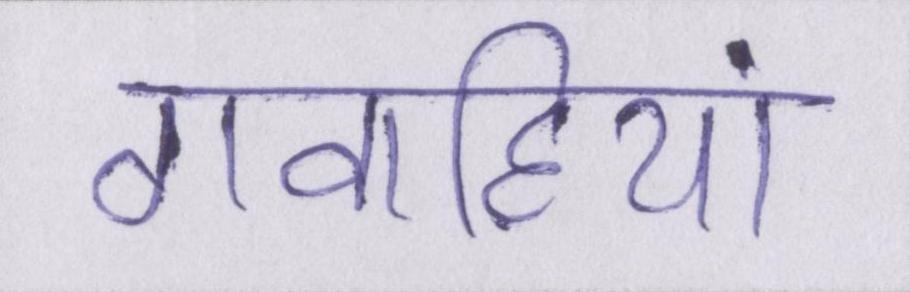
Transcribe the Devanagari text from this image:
गवाहियां